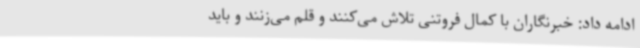
ادامه داد: خبرنگاران با کمال فروتنی تلاش می‌کنند و قلم می‌زنند و باید